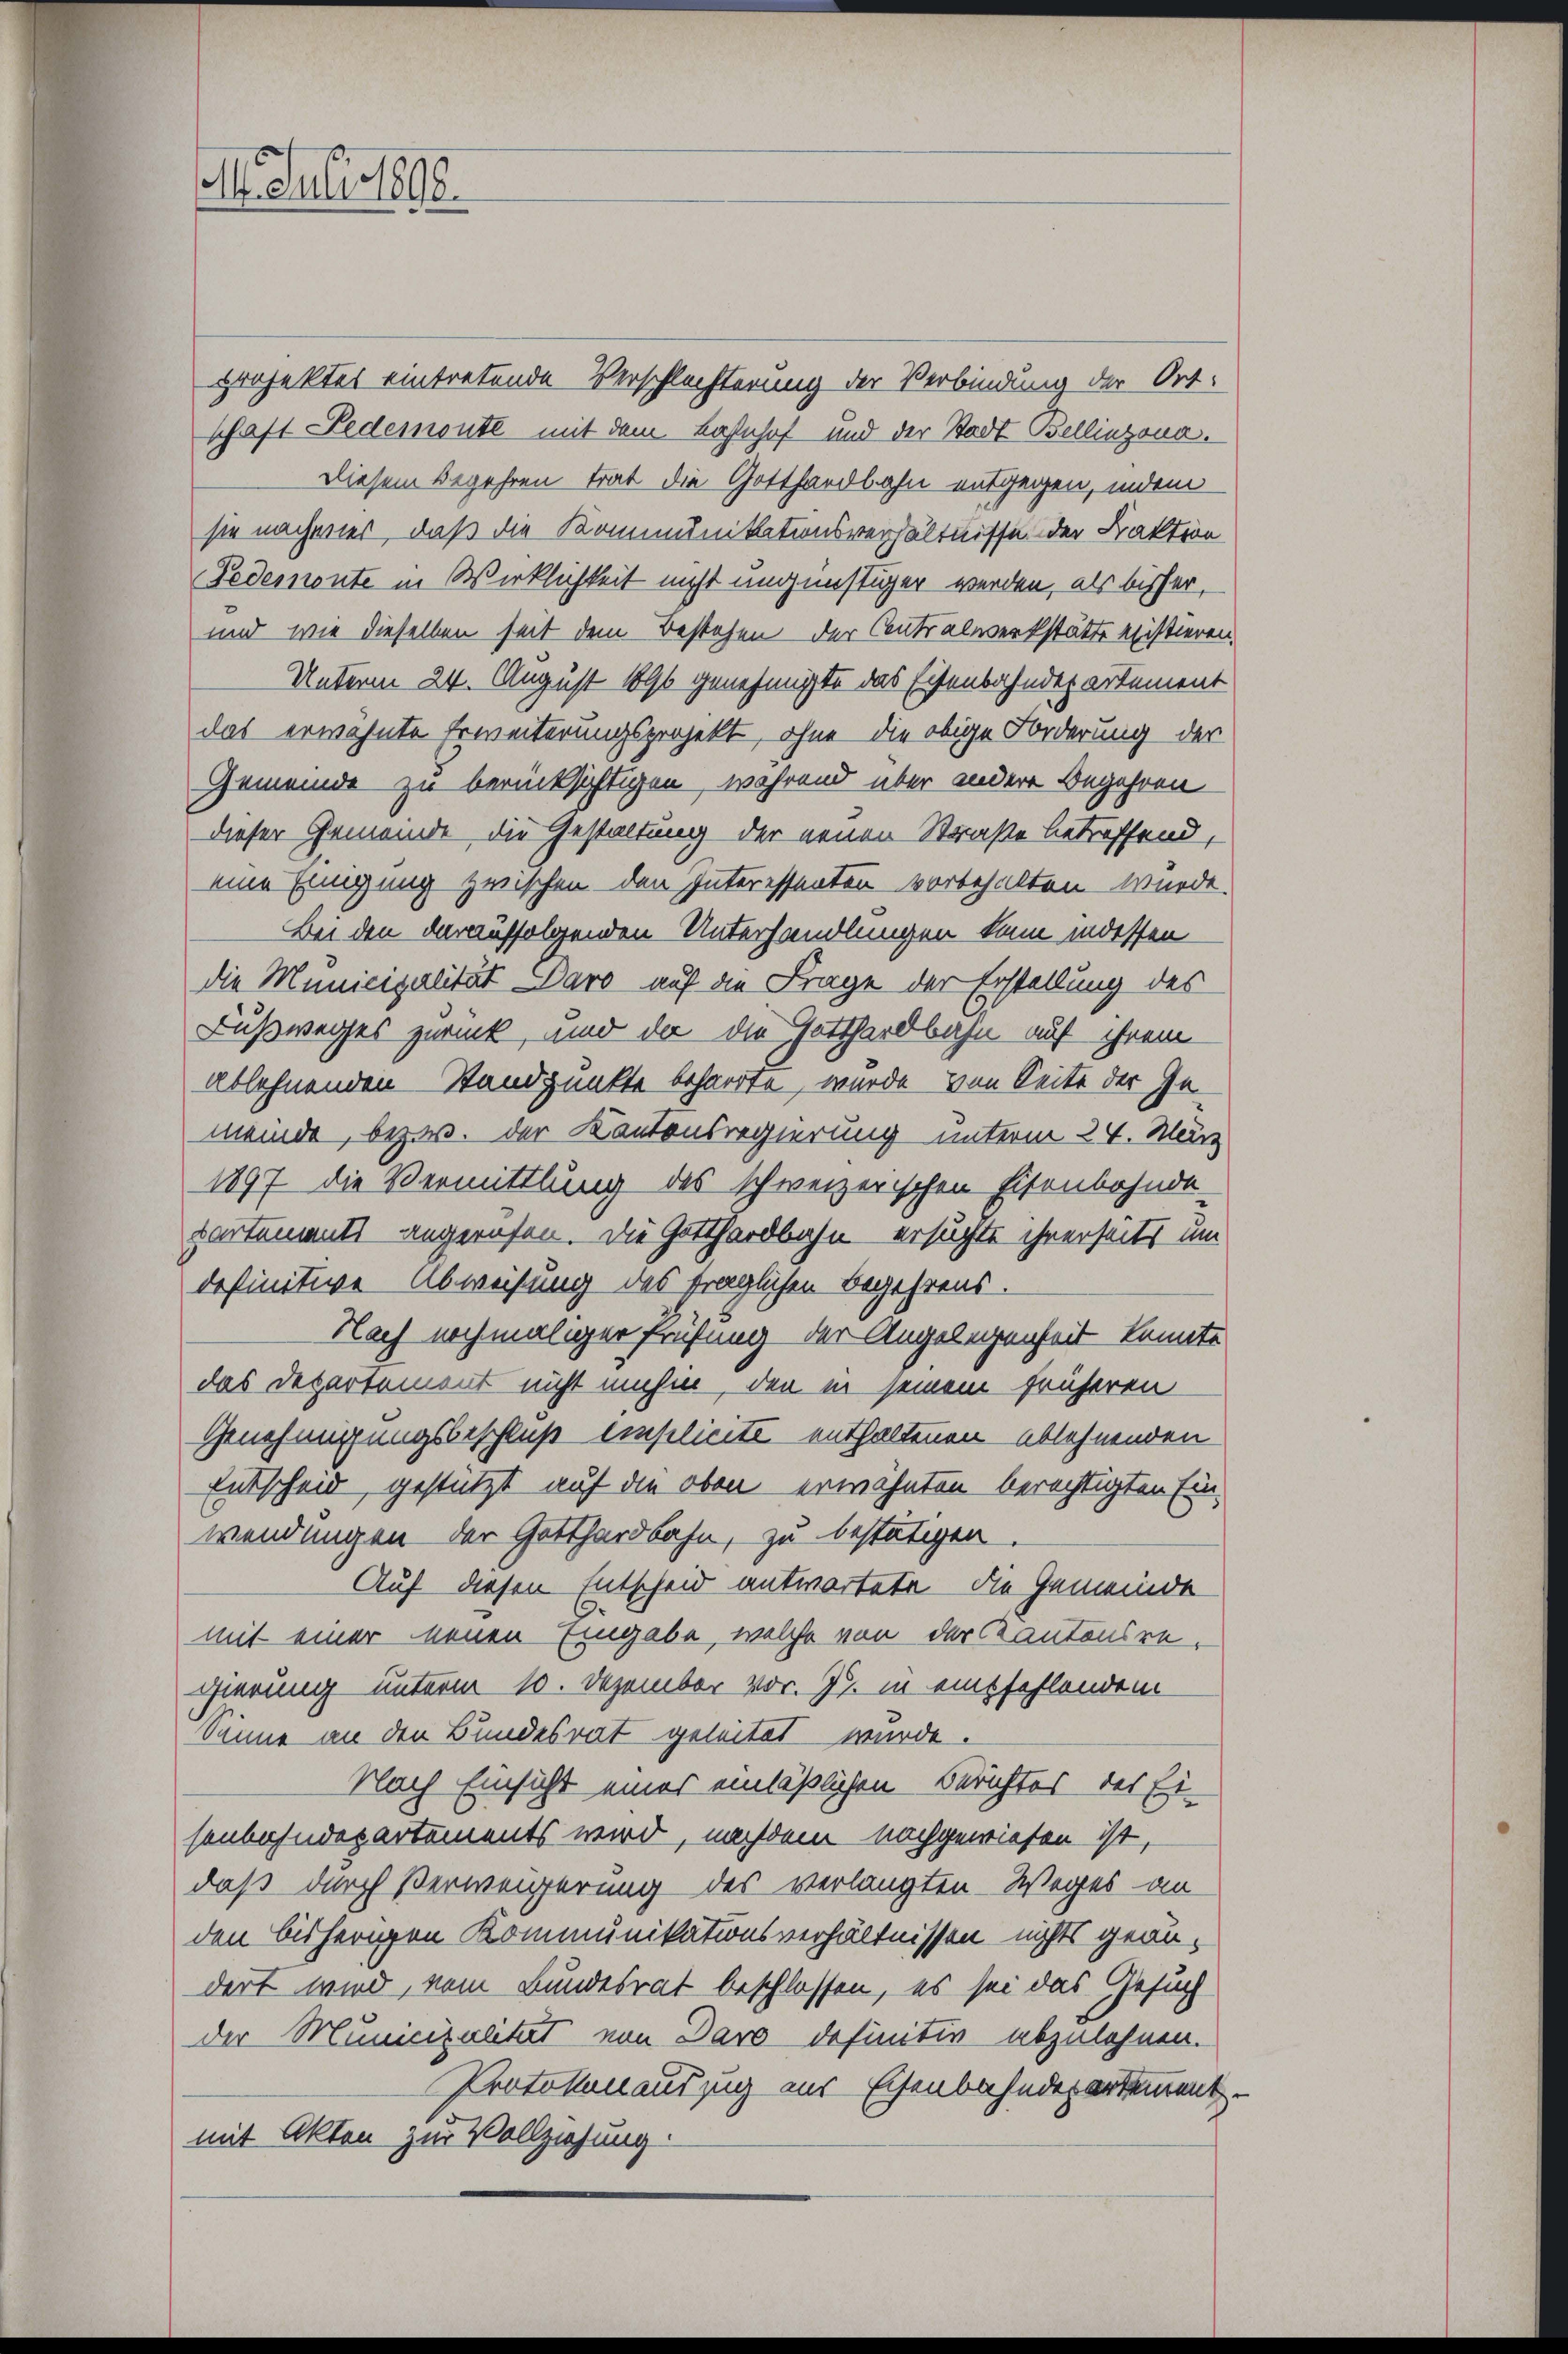
M. Juli 1890.

projektes eintretende Verschlechterung der Verbindung der Ortschaft Pedemonte mit dem Bahnhof und der Stadt Bellinzona.
Diesem Begehren trat die Gotthardbahn entgegen, indem
sie nachmer, daß die Kommunikationsverhältnisse der Faktion
Fedemonte in Wirklichkeit nicht ungünstiger werden, als bisher,
und wie dieselben seit dem Bestehen der Centralwerkstätte existieren.
Unterm 24. August 1890 genehmigte das Eisenbahndepartement
das erwähnte Erweiterungsprojekt, ohne die obige Forderung der
Gemeinde zu berücksichtigen, während über andere Begehren
dieser Gemeinde die Gestaltung der neuen Straße betreffend,
eine Einigung zwischen den Interessenten vorbehalten wurde.
Bei den darauffolgenden Unterhandlungen kam indessen
die Municipalität Daro auf die Frage der Erstellung des
Fußweges zurück, und der die Gotthardbahn auf ihrem
ablehnenden Standpunkte beharrte, wurde von Seite der In
meinde, bezw. der Kantonsregierung unterm 24. März
1897 die Vermittlung des schweizerischen Eisenbahnde
partements angerufen. Die Gotthardbahn ersuchte ihrerseits um
definitive Abweisung des fraglichen Begehrens.
Nach nochmaliger Prüfung der Angelegenheit konnte
das Departement nicht umhin, den in seinem früheren
Genehmigungsbeschluß einsilicite enthaltenen ablehnenden
Entscheid, gestützt auf die oben erwähnten berechtigten Ein-
wendungen der Gotthardbahn, zu bestätigen
Auf diesen Entscheid antwortete. Die Gemeinde
mit einer neuen Eingabe, welche von der Kantonsregierung unterm 10. Dezember vor. J. in einsfehlenden
Sinne an den Bundesrat geleitet wurde.
Nach Einsicht eines einläßlichen Berichtes des Ei-
sonbahndepartements wird, nachdem nachgewiesen ist,
daß durch Verweigerung des verlangten Weges an
den bisherigen Kommunikationsverhältnissen nichts geäudert wird, vom Bundesrat beschlossen, es sei das Gesuch
der Municipalität von Daro definitiv abzulehnen.
Protokolauszug aus Eisenbahndepartement.
mit Akten zur Vollziehung.